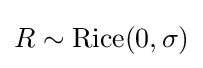
R\sim \operatorname {Rice} (0,\sigma )